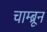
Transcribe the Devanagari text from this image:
चाम्ब्रून